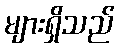
များရှိသည်